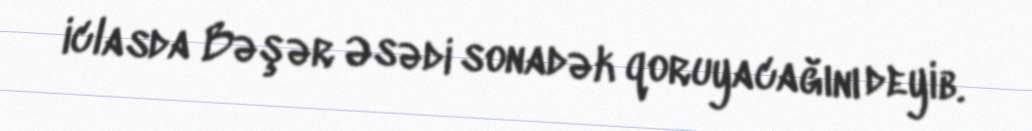
iclasda Bəşər Əsədi sonadək qoruyacağını deyib.